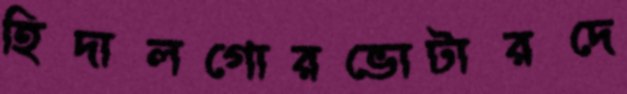
হিদালগোরভোটারদে